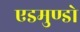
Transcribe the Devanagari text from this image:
एडमुण्डो